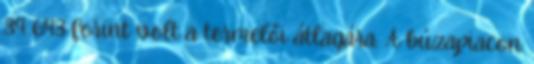
39 693 forint volt a termelői átlagára. A búzapiacon